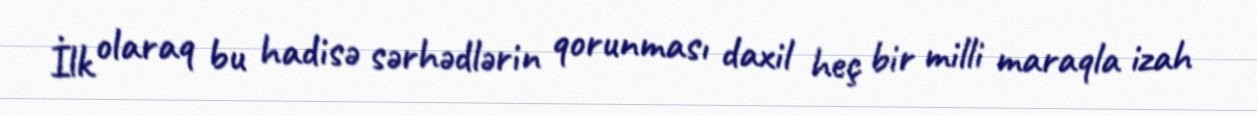
İlk olaraq bu hadisə sərhədlərin qorunması daxil heç bir milli maraqla izah